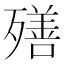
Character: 𣩧